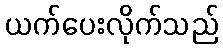
ယက်ပေးလိုက်သည်